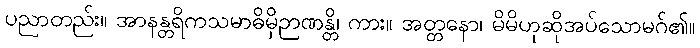
ပညာတည်း။ အာနန္တရိကသမာဓိမှိဉာဏန္တိ၊ ကား။ အတ္တနော၊ မိမိဟုဆိုအပ်သောမဂ်၏။